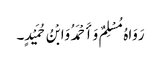
رَوَاہُ مُسْلِمٌ وَأَحْمَدُ وَابْنُ حُمَیْدٍ۔